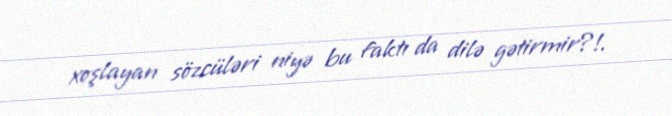
xoşlayan sözcüləri niyə bu faktı da dilə gətirmir?!.